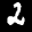
Label: 2